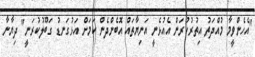
"އެހެންވީމާ މުއްދަތު އިތުރުކުރަން އެއުޅެނީ އަނިޔާތައް އޮބެންދެން ކަމަށް އަޅުގަނޑު ގަބޫލުކުރަނީ" ދިޔާނާ